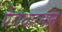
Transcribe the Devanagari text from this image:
पैराथारमोन